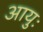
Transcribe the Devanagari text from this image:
आयुः